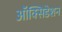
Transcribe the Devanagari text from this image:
ऑक्सिडेशन